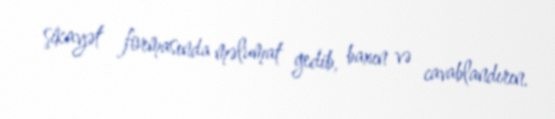
şikayət formasında məlumat gedib, baxın və cavablandırın.